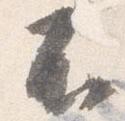
不